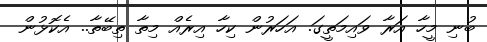
ބުނި މީހާ އަރާ ވައިމަތީގަ. އަހަރުން ކިހާ އިރެއް މިތާ ތިބޭތާ.. އެކޮޅުން